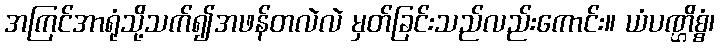
အကြင်အာရုံသို့သက်၍အဖန်တလဲလဲ မှတ်ခြင်းသည်လည်းကောင်း။ ယံပဏ္ဌိစ္စံ၊